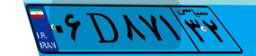
۰۶D۸۷۱۳۲